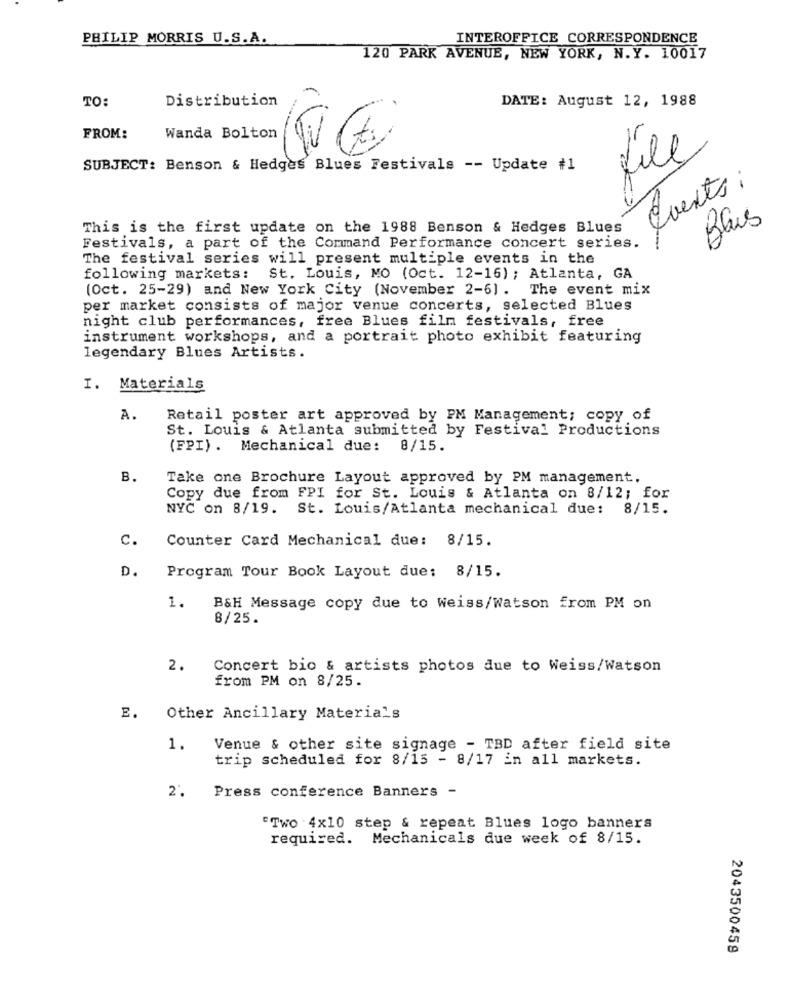
PHILIP MORRIS U.S.A.
INTEROFFICE CORRESPONDENCE
120 PARK AVENUE, NEW YORK, N.Y. 10017
TO:
Distribution
DATE: August 12, 1988
FROM:
Wanda Bolton
file
SUBJECT: Benson & Hedges Blues Festivals -- Update #1
Events.
Blus
This is the first update on the 1988 Benson & Hedges Blues
Festivals, a part of the Command Performance concert series.
The festival series will present multiple events in the
following markets: St. Louis, MO (Oct. 12-16) ; Atlanta, GA
(Oct. 25-29) and New York City (November 2-6). The event mix
per market consists of major venue concerts, selected Blues
night club performances, free Blues film festivals, free
instrument workshops, and a portrait photo exhibit featuring
legendary Blues Artists.
I. Materials
A.
Retail poster art approved by PM Management; copy of
St. Louis & Atlanta submitted by Festival Productions
(FPI) . Mechanical due: 8/15.
B.
Take one Brochure Layout approved by PM management.
Copy due from FPI for St. Louis & Atlanta on 8/12; for
NYC on 8/19. St. Louis/Atlanta mechanical due: 8/15.
c.
Counter Card Mechanical due: 8/15.
D.
Program Tour Book Layout due: 8/15.
1.
B&H Message copy due to Weiss/Watson from PM on
8/25.
2.
Concert bio & artists photos due to Weiss/Watson
from PM on 8/25.
E. Other Ancillary Materials
1.
Venue & other site signage - TBD after field site
trip scheduled for 8/15 - 8/17 in all markets.
Press conference Banners -
2.
"Two 4x10 step & repeat Blues logo banners
required. Mechanicals due week of 8/15.
2043500459